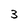
Character: 3